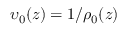
\upsilon _ { 0 } ( z ) = 1 / \rho _ { 0 } ( z )